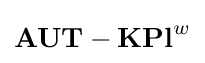
\mathbf {AUT-KPl} ^{w}